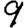
Digit: 9